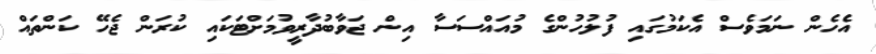
އެހެން ނަމަވެސް އެކަމުގައި ފުލުހުންގެ މުއައްސަސާ އިން ޖަވާބުދާރީވުމަށްޓަކައި ކުރަން ޖެހޭ ކަންތައް